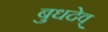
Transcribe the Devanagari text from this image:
बुधदेव्